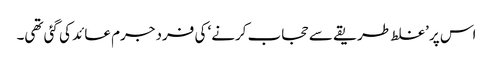
اس پر ’غلط طریقے سے حجاب کرنے‘ کی فرد جرم عائد کی گئی تھی۔